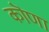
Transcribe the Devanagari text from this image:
कॊणा